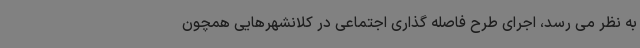
به نظر می رسد، اجرای طرح فاصله گذاری اجتماعی در کلانشهرهایی همچون